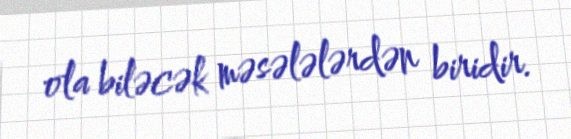
ola biləcək məsələlərdən biridir.